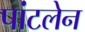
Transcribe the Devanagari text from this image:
पांटलेन